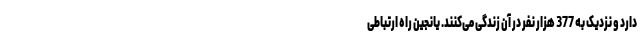
دارد و نزدیک به 377 هزار نفر در آن زندگی می‌کنند. یانجین راه ارتباطی